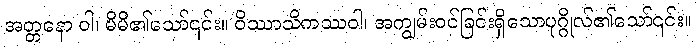
အတ္တနော ဝါ၊ မိမိ၏သော်၎င်း။ ဝိဿာသိကဿဝါ၊ အကျွမ်းဝင်ခြင်းရှိသောပုဂ္ဂိုလ်၏သော်၎င်း။